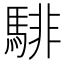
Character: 騑